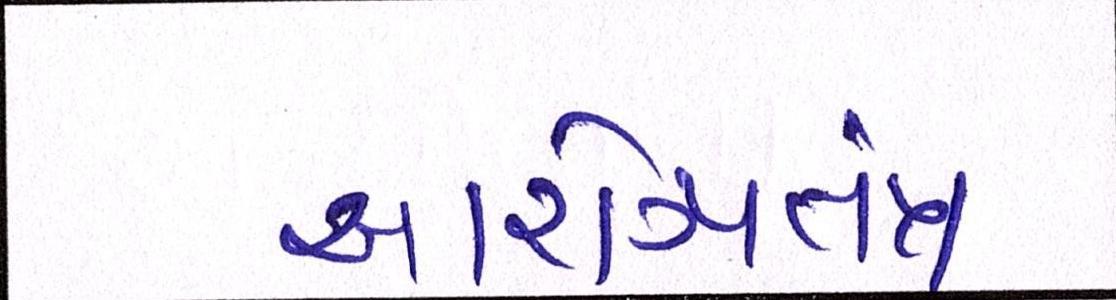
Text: આરોગ્યતંત્ર